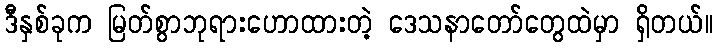
ဒီနှစ်ခုက မြတ်စွာဘုရားဟောထားတဲ့ ဒေသနာတော်တွေထဲမှာ ရှိတယ်။